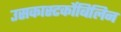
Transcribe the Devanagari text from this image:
उसकास्‍टर्कोबिलिन